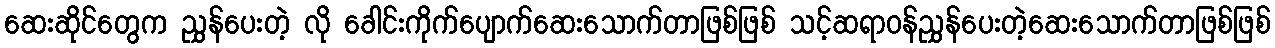
ဆေးဆိုင်တွေက ညွှန်ပေးတဲ့ လို ခေါင်းကိုက်ပျောက်ဆေးသောက်တာဖြစ်ဖြစ် သင့်ဆရာဝန်ညွှန်ပေးတဲ့ဆေးသောက်တာဖြစ်ဖြစ်